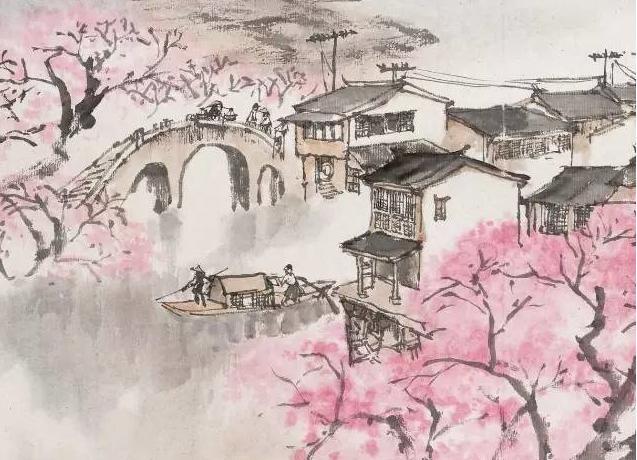
年华共，混同江水，流去几时回。